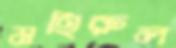
মহিরুল